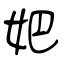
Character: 妑